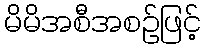
မိမိအစီအစဉ်ဖြင့်